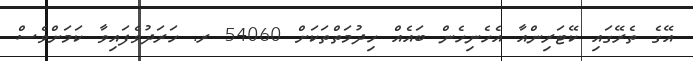
އޭގެ ތެރޭގައި ކޭޓަރިންއާ އެހެނިހެން ބައެއް ހިދުމަތްތަކަށް 54060 ރ. ހަރަދުވެފައިވާ ކަމަށްވެސް